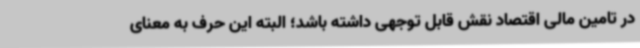
در تامین مالی اقتصاد نقش قابل توجهی داشته باشد؛ البته این حرف به معنای